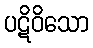
ပဋိဝိသော